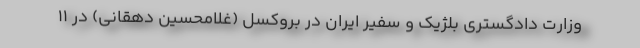
وزارت دادگستری بلژیک و سفیر ایران در بروکسل (غلامحسین دهقانی) در 11